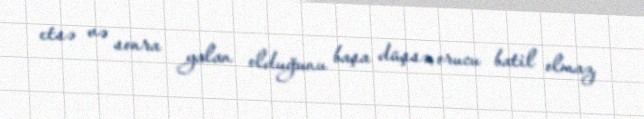
etsə və sonra yalan olduğunu başa düşsə, orucu batil olmaz.